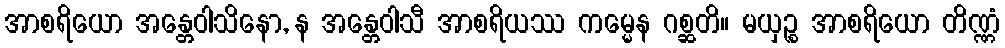
အာစရိယော အန္တေဝါသိနော, န အန္တေဝါသီ အာစရိယဿ ကမ္မေန ဂစ္ဆတိ။ မယှဉ္စ အာစရိယော တိဏ္ဏံ